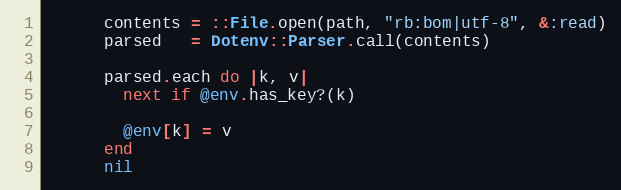
Language: Ruby
      contents = ::File.open(path, "rb:bom|utf-8", &:read)
      parsed   = Dotenv::Parser.call(contents)

      parsed.each do |k, v|
        next if @env.has_key?(k)

        @env[k] = v
      end
      nil